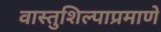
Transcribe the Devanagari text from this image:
वास्तुशिल्पाप्रमाणे